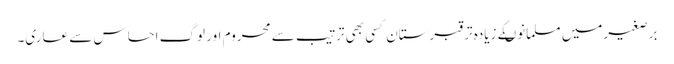
برصغیرمیں مسلمانوںکے زیادہ تر قبرستان کسی بھی ترتیب سے محروم اور لوگ احساس سے عاری۔